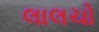
લાલચો